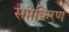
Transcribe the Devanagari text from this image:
सप्तकिरण